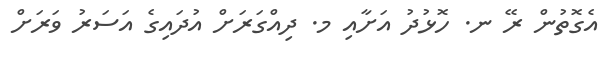
އެގޮތުން ރޭ ނ. ހޮޅުދު އަށާއި މ. ދިއްގަރަށް އުދައިގެ އަސަރު ވަރަށް